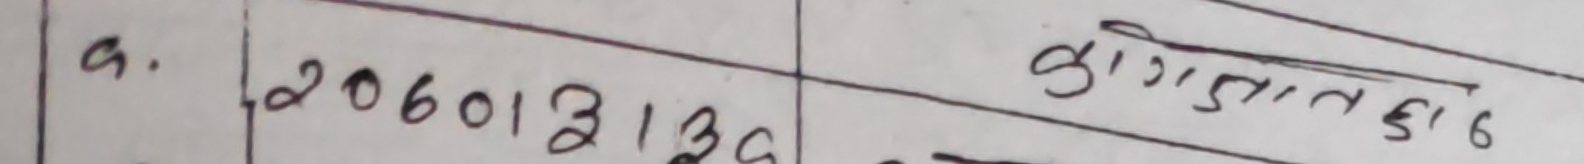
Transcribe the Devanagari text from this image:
a. 2060131256 कुगालतडाद६